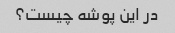
در این پوشه چیست؟